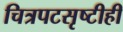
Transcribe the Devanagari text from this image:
चित्रपटसृष्टीही